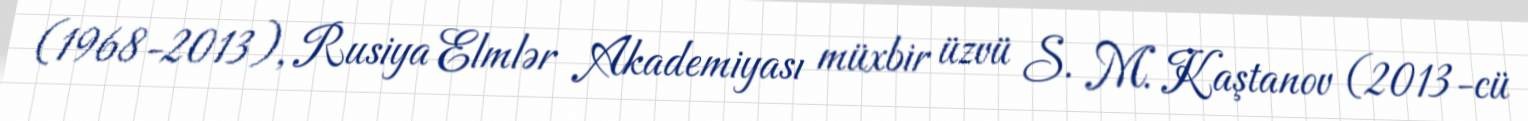
(1968-2013), Rusiya Elmlər Akademiyası müxbir üzvü S. M. Kaştanov (2013-cü